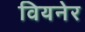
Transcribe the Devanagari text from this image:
वियनेर